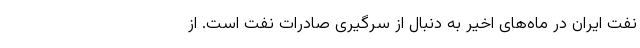
نفت ایران در ماه‌های اخیر به دنبال از سرگیری صادرات نفت است‌. از